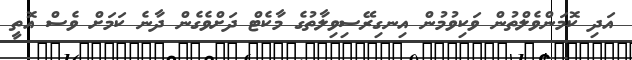
އަދި ކޮމަންވެލްތުން ވަކިވުމުން އިނގިރޭސިވިލާތުގެ މާކެޓް ދަށްވެގެން ދާނެ ކަމަށް ވެސް އޮތީ